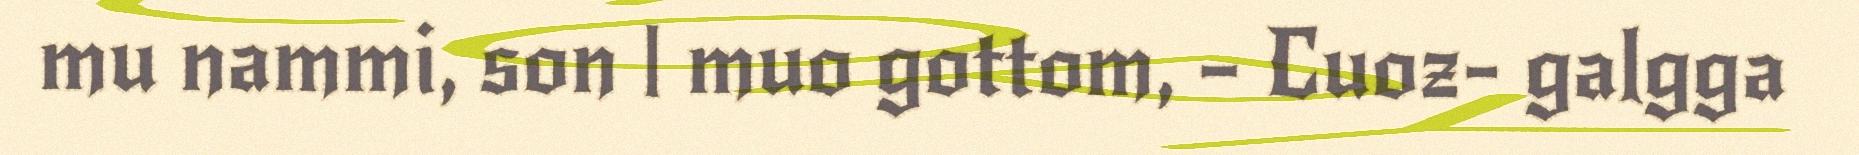
mu nammi, son | muo gottom, – Cuoz- galgga